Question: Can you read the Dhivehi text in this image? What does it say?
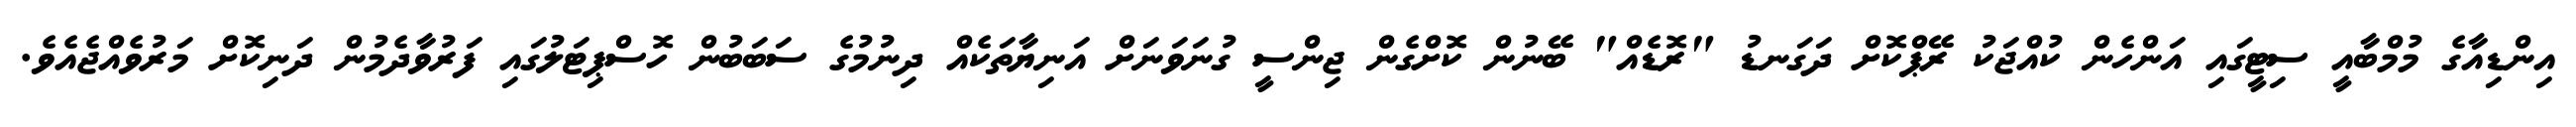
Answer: އިންޑިއާގެ މުމްބާއީ ސިޓީގައި އަންހެން ކުއްޖަކު ރޭޕްކޮށް ދަގަނޑު "ރޮޑެއް" ބޭނުން ކޮށްގެން ޖިންސީ ގުނަވަނަށް އަނިޔާތަކެއް ދިނުމުގެ ސަބަބުން ހޮސްޕިޓަލުގައި ފަރުވާދެމުން ދަނިކޮށް މަރުވެއްޖެއެވެ.